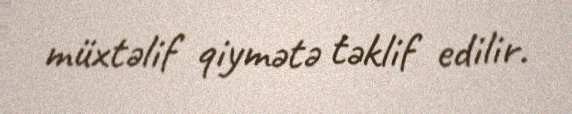
müxtəlif qiymətə təklif edilir.